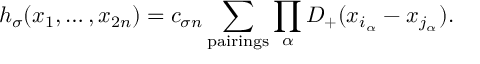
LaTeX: h _ { \sigma } ( x _ { 1 } , \ldots , x _ { 2 n } ) = c _ { \sigma n } \sum _ { \mathrm { p a i r i n g s } } \prod _ { \alpha } D _ { + } ( x _ { i _ { \alpha } } - x _ { j _ { \alpha } } ) .